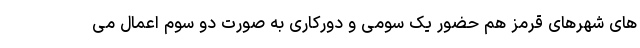
های شهرهای قرمز هم حضور یک سومی و دورکاری به صورت دو سوم اعمال می